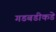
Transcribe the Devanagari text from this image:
गडबडीकडे